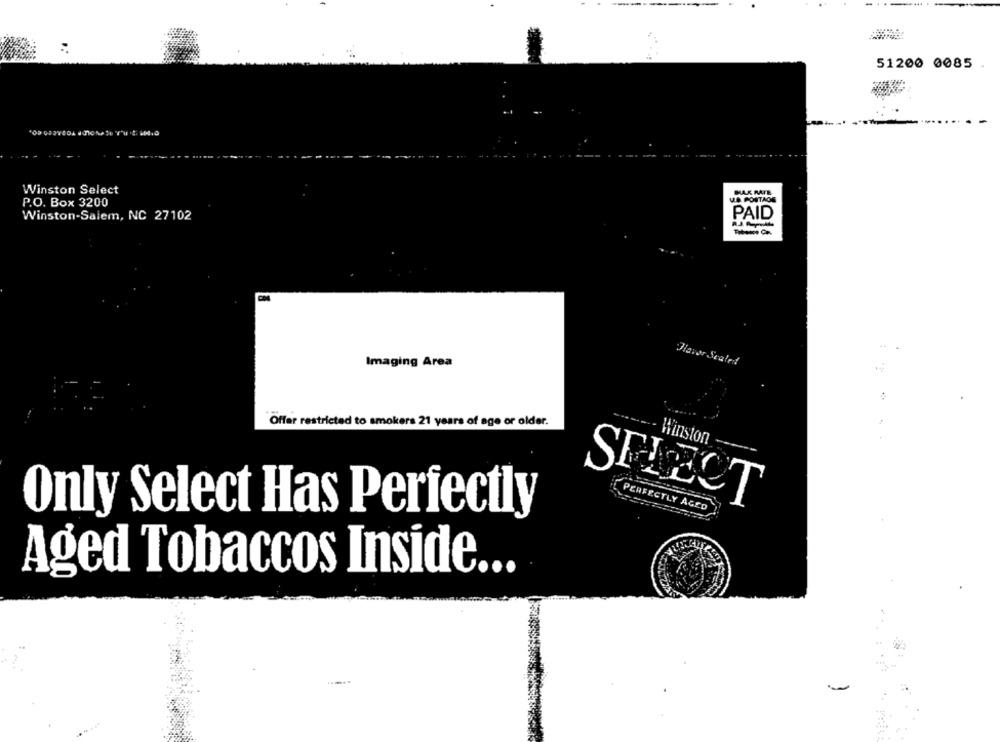
51200 0085
Winston Select
UL.A. PORTAOG
P.O. Box 3200
Winston-Salem, NC 27102
PAID
.
Imaging Area
lavor Sealed
Offer restricted to smokers 21 years of age or older.
Winston
SELECT
PERFECTLY AGED
Only Select Has Perfectly
Aged Tobaccos Inside ...